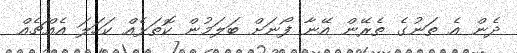
ދެން އެ ތަނުގެ ތެރޭން އޭނާ ފޯނަށް ބަލަމުން ކޮތަޅެއް ކަހަލަ އެއްޗެއް